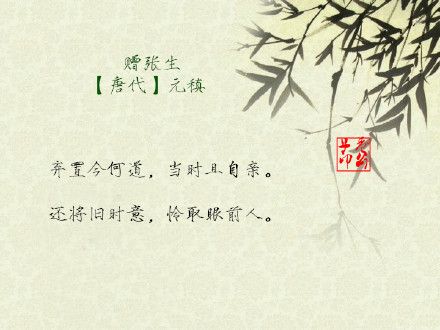
知君用心如日月，事夫誓拟同生死。